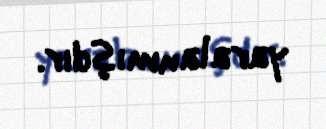
yaralanmışdır.